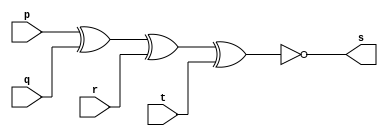
//	Arquitetura de computador
//	guia 01 - exercicio 03
//	Nome: Paulo Henrique de Almeida Amorim

//	-- x not or gate

module xnorgate (s, p, q, r, t);
	output s;//saida
	input p, q, r, t;//entradas

assign s = ~(p ^ q ^ r ^ t);//fazendo a tabela xnor

endmodule // fim do modulo xnorgate

//	-- test x not or gate

module testnandgate;
	reg a, b, c, d;
	wire s;

//instancia
xnorgate XNORD1(s, a, b, c, d);

//parte principal
initial begin
	$display("Exemplo 01_03 - Paulo Henrique - 412765");
	$display("Teste XNOR gate");
	$display("\n~(a ^ b ^ c ^ d) = s \n");
	a = 0; b = 0; c = 0; d = 0;
#1  $display("~(%b ^ %b ^ %b ^ %b) = %b", a, b, c, d, s);
	a = 0; b = 0; c = 0; d = 1;
#1  $display("~(%b ^ %b ^ %b ^ %b) = %b", a, b, c, d, s);
	a = 0; b = 0; c = 1; d = 0;
#1  $display("~(%b ^ %b ^ %b ^ %b) = %b", a, b, c, d, s);
	a = 0; b = 1; c = 0; d = 0;
#1  $display("~(%b ^ %b ^ %b ^ %b) = %b", a, b, c, d, s);
	a = 1; b = 0; c = 0; d = 0;
#1  $display("~(%b ^ %b ^ %b ^ %b) = %b", a, b, c, d, s);
	a = 1; b = 1; c = 0; d = 0;
#1  $display("~(%b ^ %b ^ %b ^ %b) = %b", a, b, c, d, s);
	a = 1; b = 0; c = 1; d = 0;
#1  $display("~(%b ^ %b ^ %b ^ %b) = %b", a, b, c, d, s);
	a = 1; b = 0; c = 0; d = 1;
#1  $display("~(%b ^ %b ^ %b ^ %b) = %b", a, b, c, d, s);
	a = 0; b = 1; c = 1; d = 0;
#1  $display("~(%b ^ %b ^ %b ^ %b) = %b", a, b, c, d, s);
	a = 0; b = 1; c = 0; d = 1;
#1  $display("~(%b ^ %b ^ %b ^ %b) = %b", a, b, c, d, s);
	a = 0; b = 0; c = 1; d = 1;
#1  $display("~(%b ^ %b ^ %b ^ %b) = %b", a, b, c, d, s);
	a = 0; b = 1; c = 1; d = 1;
#1  $display("~(%b ^ %b ^ %b ^ %b) = %b", a, b, c, d, s);
	a = 1; b = 0; c = 1; d = 1;
#1  $display("~(%b ^ %b ^ %b ^ %b) = %b", a, b, c, d, s);
	a = 1; b = 1; c = 0; d = 1;
#1  $display("~(%b ^ %b ^ %b ^ %b) = %b", a, b, c, d, s);
	a = 1; b = 1; c = 1; d = 0;
#1  $display("~(%b ^ %b ^ %b ^ %b) = %b", a, b, c, d, s);
	a = 1; b = 1; c = 1; d = 1;
#1  $display("~(%b ^ %b ^ %b ^ %b) = %b", a, b, c, d, s);
end

endmodule // testxnorgate